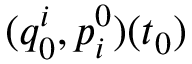
( q _ { 0 } ^ { i } , p _ { i } ^ { 0 } ) ( t _ { 0 } )